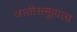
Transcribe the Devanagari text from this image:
जातीसमूहाला